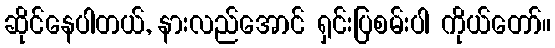
ဆိုင်နေပါတယ်, နားလည်အောင် ရှင်းပြစမ်းပါ ကိုယ်တော်။